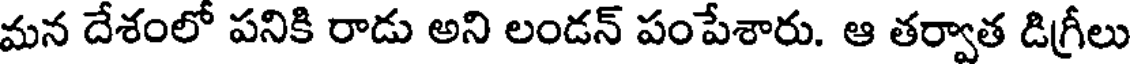
మన దేశంలో పనికి రాడు అని లండన్ పంపేశారు. ఆ తర్వాత డిగ్రీలు